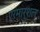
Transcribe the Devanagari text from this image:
एरमार्शल